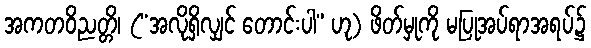
အကတဝိညတ္တိ၊ (“အလိုရှိလျှင် တောင်းပါ” ဟု) ဖိတ်မှုကို မပြုအပ်ရာအရပ်၌